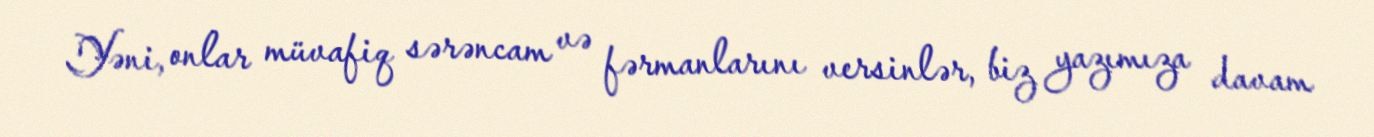
Yəni, onlar müvafiq sərəncam və fərmanlarını versinlər, biz yazımıza davam